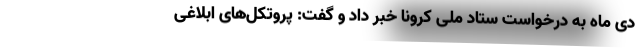
دی ماه به درخواست ستاد ملی کرونا خبر داد و گفت: پروتکل‌های ابلاغی